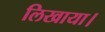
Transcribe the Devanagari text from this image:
लिखाया।